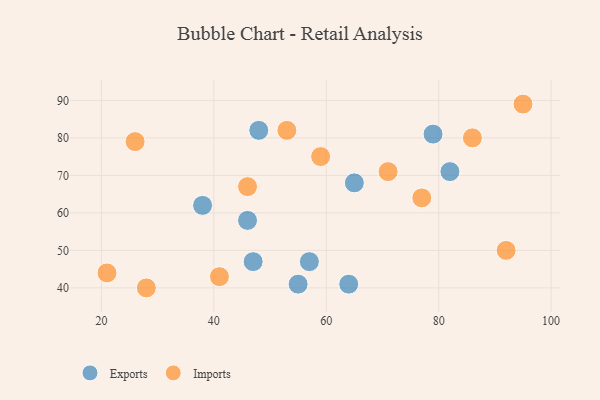
{"axis": {"x": "GDP", "y": "Life Expectancy"}, "legend": ["Exports", "Imports"], "data": [{"x": "57", "y": 47, "type": "Exports"}, {"x": "79", "y": 81, "type": "Exports"}, {"x": "82", "y": 71, "type": "Exports"}, {"x": "47", "y": 47, "type": "Exports"}, {"x": "46", "y": 58, "type": "Exports"}, {"x": "65", "y": 68, "type": "Exports"}, {"x": "38", "y": 62, "type": "Exports"}, {"x": "55", "y": 41, "type": "Exports"}, {"x": "48", "y": 82, "type": "Exports"}, {"x": "64", "y": 41, "type": "Exports"}, {"x": "28", "y": 40, "type": "Imports"}, {"x": "59", "y": 75, "type": "Imports"}, {"x": "77", "y": 64, "type": "Imports"}, {"x": "71", "y": 71, "type": "Imports"}, {"x": "86", "y": 80, "type": "Imports"}, {"x": "95", "y": 89, "type": "Imports"}, {"x": "26", "y": 79, "type": "Imports"}, {"x": "21", "y": 44, "type": "Imports"}, {"x": "92", "y": 50, "type": "Imports"}, {"x": "53", "y": 82, "type": "Imports"}, {"x": "46", "y": 67, "type": "Imports"}, {"x": "41", "y": 43, "type": "Imports"}]}